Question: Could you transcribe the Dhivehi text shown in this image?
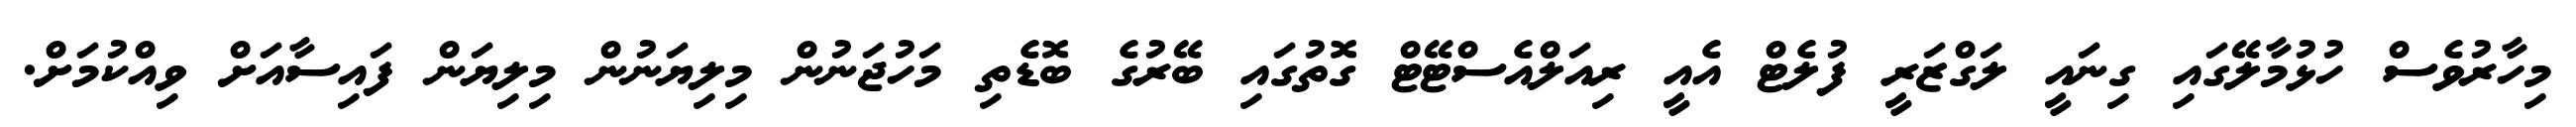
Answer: މިހާރުވެސް ހުޅުމާލޭގައި ގިނައީ ލަގްޒަރީ ފުލެޓް އެއީ ރިއަލްއެސްޓޭޓް ގޮތުގައި ބޭރުގެ ބޮޑެތި މަހުޖަނުން މިލިޔަނުން މިލިޔަން ފައިސާއަށް ވިއްކުމަށް.